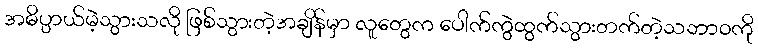
အဓိပ္ပာယ်မဲ့သွားသလို ဖြစ်သွားတဲ့အချိန်မှာ လူတွေက ပေါက်ကွဲထွက်သွားတက်တဲ့သဘာ၀ကို